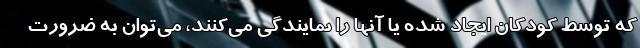
كه توسط كودكان ايجاد شده يا آنها را نمايندگي مي‌كنند، مي‌توان به ضرورت